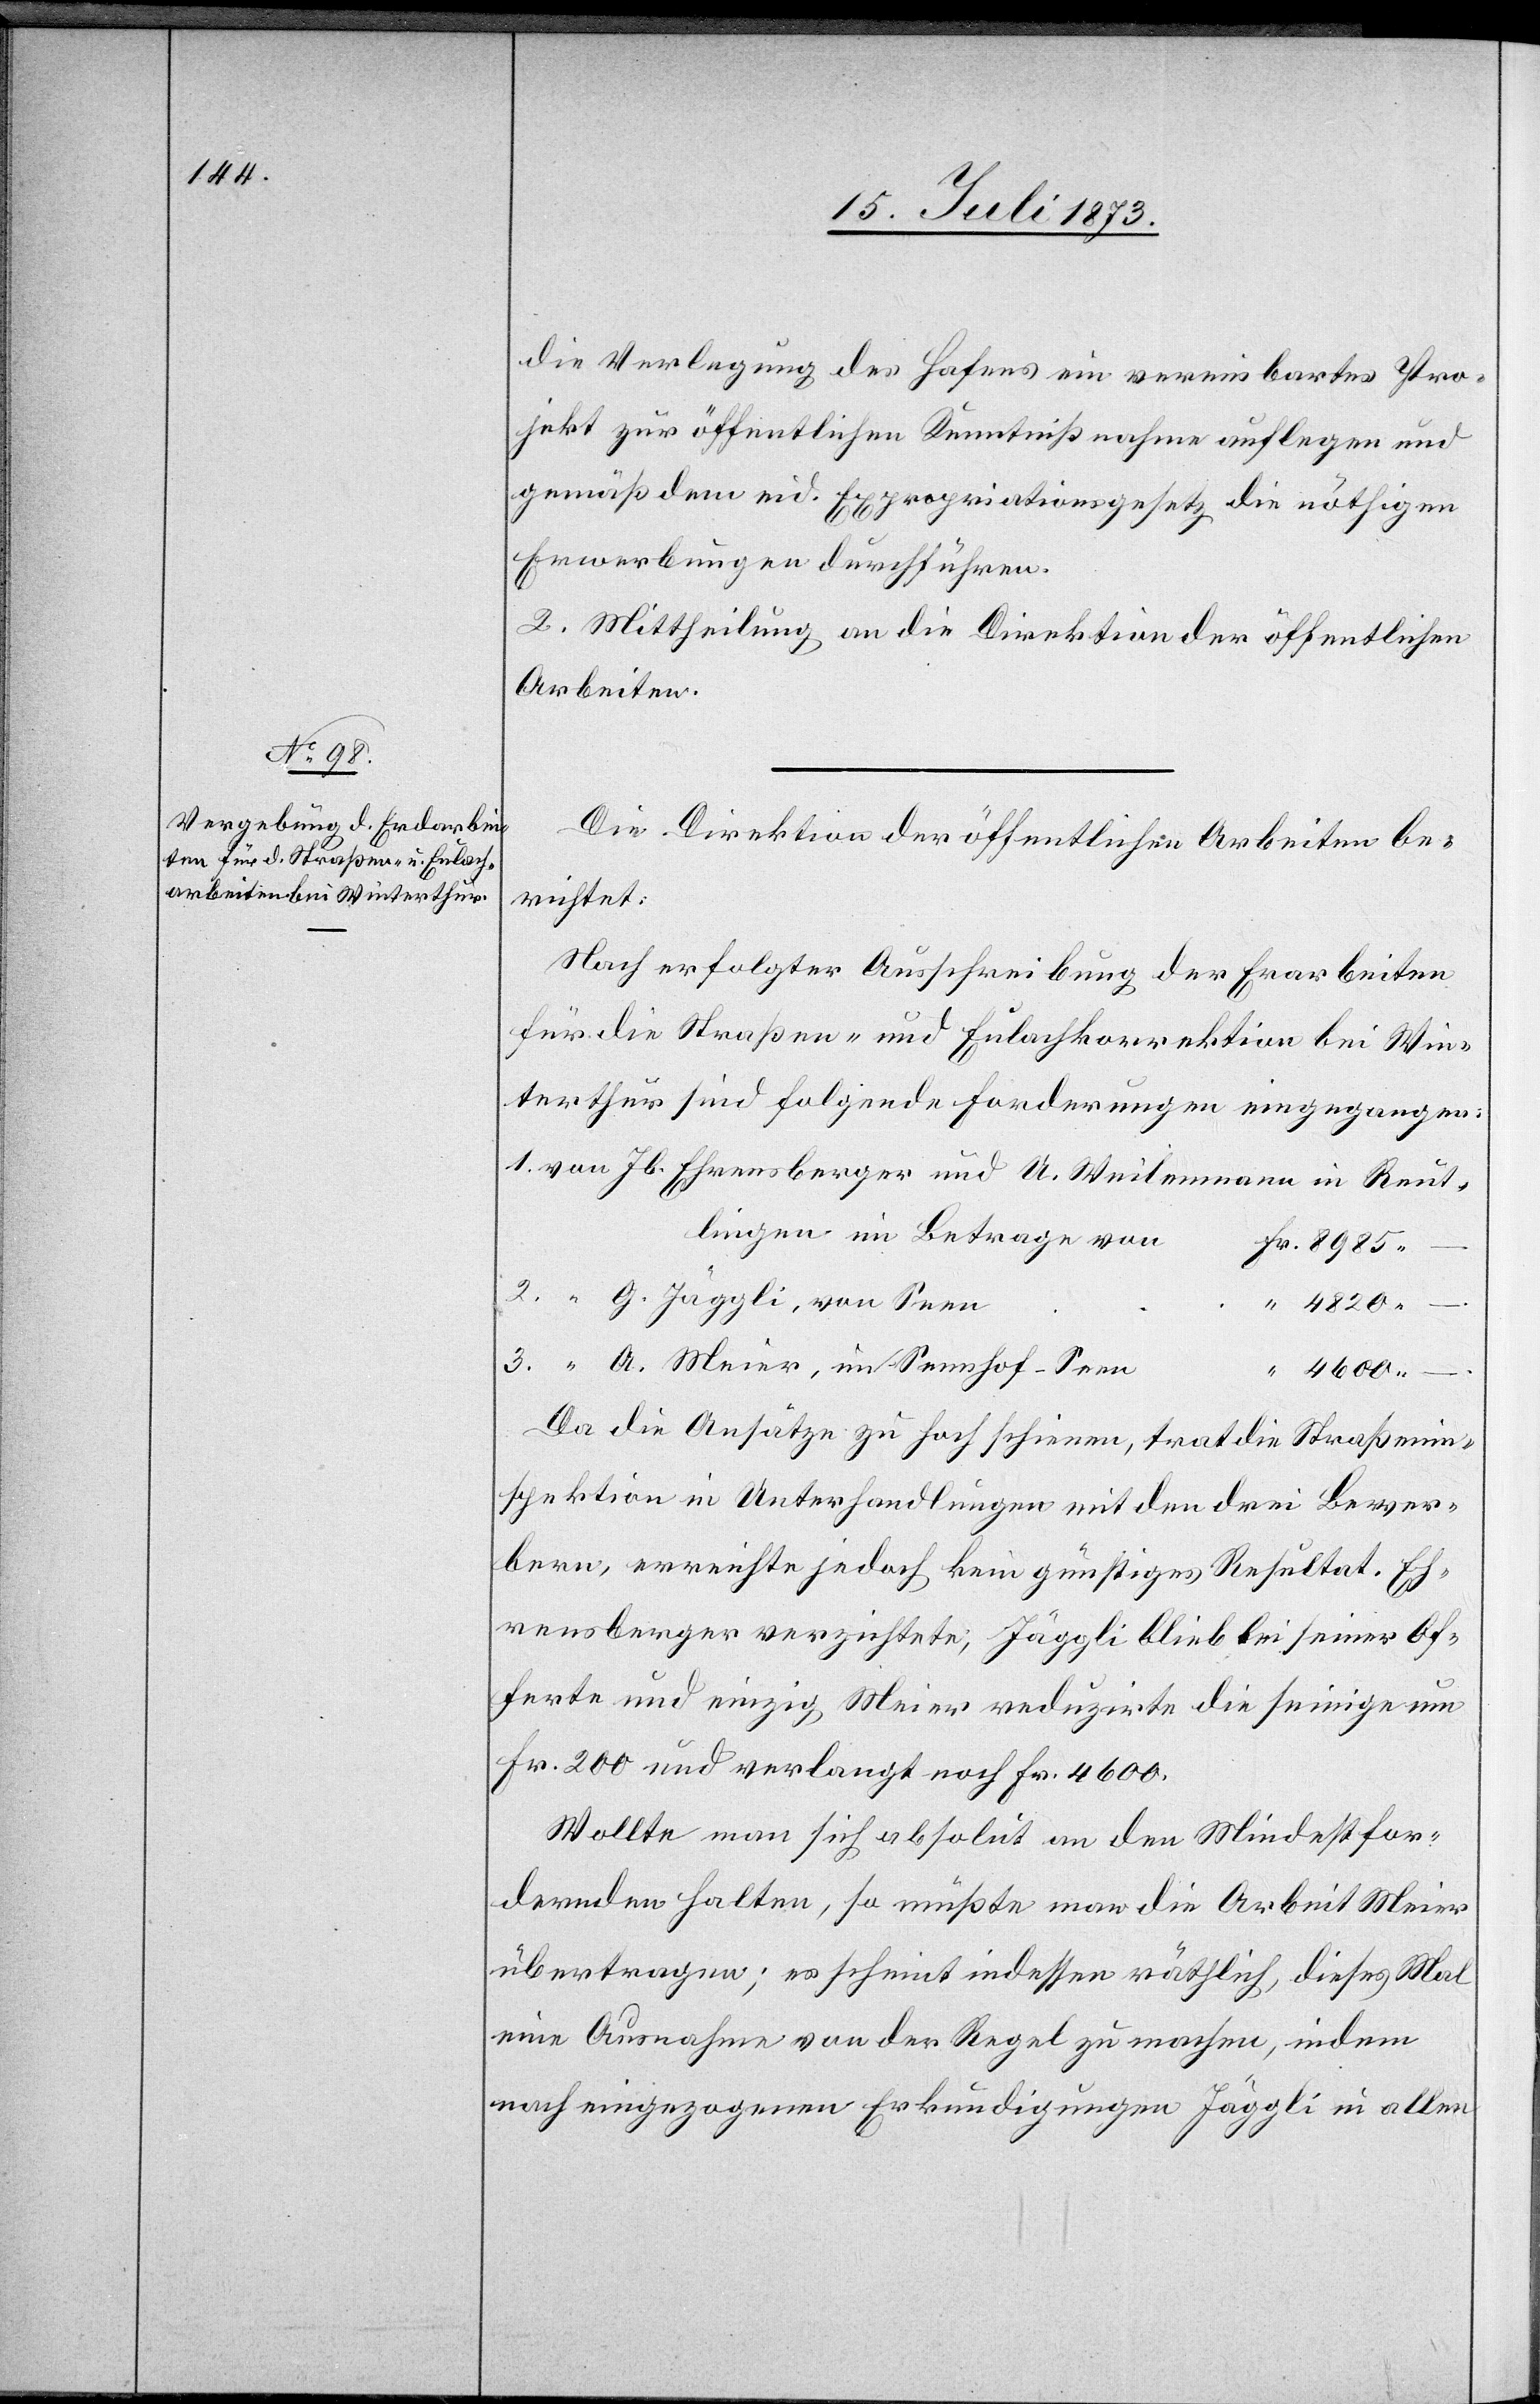
die Verlegung des Hafens ein vereinbartes Pro¬
jekt zur öffentlichen Kenntnißnahme auflegen und
gemäß dem eid. Expropriationsgesetz die nöthigen
Erwerbungen durchführen.
2. Mittheilung an die Direktion der öffentlichen
Arbeiten.
Die Direktion der öffentlichen Arbeiten be¬
richtet:
Nach erfolgter Ausschreibung der Er[d]arbeiten
für die Straßen- und Eulachkorrektion bei Win¬
terthur sind folgende Forderungen eingegangen:
Reutlingen im Betrage von
A.
4 600 –.
Da die Ansätze zu hoch schienen, trat die Straßenin¬
spektion in Unterhandlungen mit den drei Bewer¬
bern, erreichte jedoch kein günstiges Resultat. Eh¬
rensberger verzichtete, Jäggli blieb bei seiner Of¬
ferte und einzig Meier reduzirte die seinige um
Fr. 200 und verlangt noch Fr. 4 600.
Wollte man sich absolut an den Mindestfor¬
dernden halten, so müßte man die Arbeit Meier
übertragen; es scheint indessen räthlich, dieses Mal
eine Ausnahme von der Regel zu machen, indem
nach eingezogenen Erkundigungen Jäggli in allen